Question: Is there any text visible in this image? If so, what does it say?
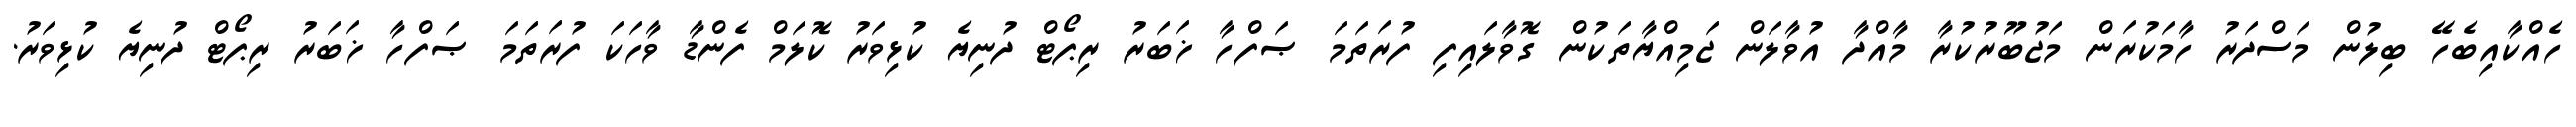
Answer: ހެއްކާއިބެހޭ ބިލުން މަސްދަރު ހާމަކުރަން މަޖުބޫރުކުރާ މާއްދާ އުވާލަން ޖަމިއްޔާތަކުން ގޮވާލައިފި ފުރަތަމަ ޞަފްހާ ޚަބަރު ރިޕޯޓް ދުނިޔެ ކުޅިވަރު ކޮލަމް ފެންޑާ ވާހަކަ ފުރަތަމަ ޞަފްހާ ޚަބަރު ރިޕޯޓް ދުނިޔެ ކުޅިވަރު.